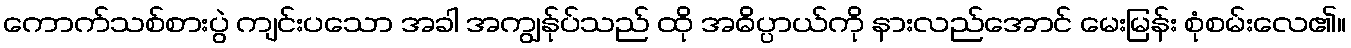
ကောက်သစ်စားပွဲ ကျင်းပသော အခါ အကျွန်ုပ်သည် ထို အဓိပ္ပာယ်ကို နားလည်အောင် မေးမြန်း စုံစမ်းလေ၏။